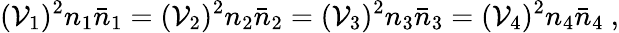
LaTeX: (\mathcal{V}_{1})^{2}n_{1}\bar{{n}}_{1}=(\mathcal{V}_{2})^{2}n_{2}\bar{{n}}_{2}=(\mathcal{V}_{3})^{2}n_{3}\bar{{n}}_{3}=(\mathcal{V}_{4})^{2}n_{4}\bar{{n}}_{4}\ ,